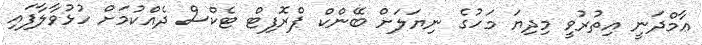
ޢާމްދަނީ އިތުރުވީ މިދިޔަ މަހުގެ ނިޔަލަށް ބޭންކް ޕްރޮފިޓް ޓެކްސް ދެއްކުމަށް ހުޅުވާލާފައި